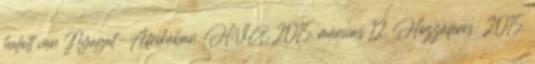
halott van Nyugat-Afrikában. HVG, 2015. március 12. Hozzáférés: 2015.